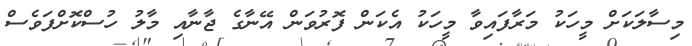
މިސާލަކަށް މީހަކު މަރާފައިވާ މީހަކު އެކަން ފޮރުވަން އޭނާގެ ޖާނާއި މާލު ހުސްކޮށްފަވެސް